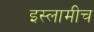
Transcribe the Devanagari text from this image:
इस्लामीच